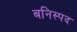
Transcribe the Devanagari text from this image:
बनिस्पद